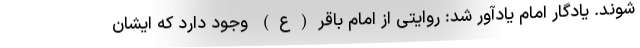
شوند. یادگار امام یادآور شد: روایتی از امام باقر(ع) وجود دارد که ایشان